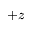
+ z